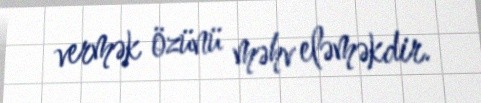
vermək özünü məhv eləməkdir.